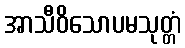
အာသီဝိသောပမသုတ္တံ